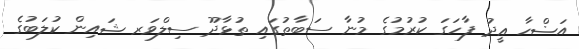
އަޟްހާ ޢީދު ފާހަގަ ކުރުމުގެ މުނާ ސަބާތުގައި ތުޅާދޫ ސިލްވަރ ޝައިން ކުލަބުގެ